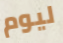
ليوم